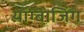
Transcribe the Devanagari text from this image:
यांग्बाजिंग